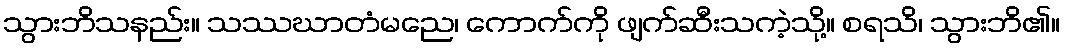
သွားဘိသနည်း။ သဿဃာတံမညေ၊ ကောက်ကို ဖျက်ဆီးသကဲ့သို့။ စရသိ၊ သွားဘိ၏။